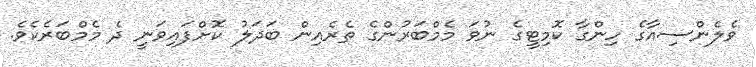
ވެލެންސިއާގެ ހިންގާ ކޮމިޓީގެ ނުވަ މެމްބަރުންގެ ތެރެއިން ބަދަލު ކޮށްފައިވަނީ ދެ މެމްބަރެކެވެ.